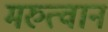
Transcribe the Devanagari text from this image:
मरुत्वान